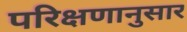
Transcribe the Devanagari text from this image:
परिक्षणानुसार